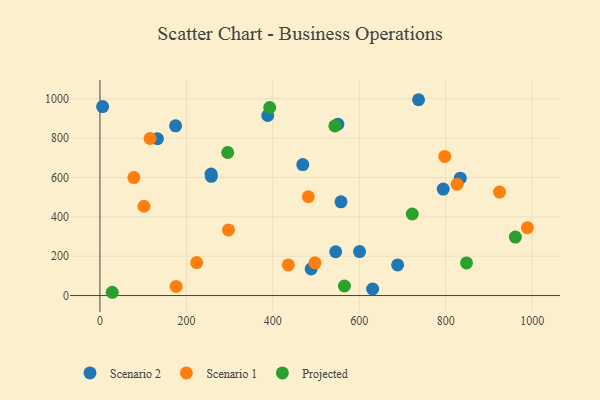
{"axis": {"x": "Experience", "y": "Demand"}, "legend": ["Projected", "Scenario 1", "Scenario 2"], "data": [{"x": "557.8", "y": 476.4, "type": "Scenario 2"}, {"x": "737.2", "y": 995.4, "type": "Scenario 2"}, {"x": "488.7", "y": 135.3, "type": "Scenario 2"}, {"x": "545.5", "y": 222.6, "type": "Scenario 2"}, {"x": "833.8", "y": 596.6, "type": "Scenario 2"}, {"x": "388.2", "y": 915.1, "type": "Scenario 2"}, {"x": "600.7", "y": 223.5, "type": "Scenario 2"}, {"x": "688.8", "y": 155.4, "type": "Scenario 2"}, {"x": "6.2", "y": 960.7, "type": "Scenario 2"}, {"x": "257.7", "y": 606.2, "type": "Scenario 2"}, {"x": "794.3", "y": 541.4, "type": "Scenario 2"}, {"x": "133.0", "y": 797.6, "type": "Scenario 2"}, {"x": "175.0", "y": 862.6, "type": "Scenario 2"}, {"x": "550.4", "y": 871.2, "type": "Scenario 2"}, {"x": "630.9", "y": 33.2, "type": "Scenario 2"}, {"x": "469.3", "y": 665.6, "type": "Scenario 2"}, {"x": "257.1", "y": 617.4, "type": "Scenario 2"}, {"x": "924.5", "y": 526.1, "type": "Scenario 1"}, {"x": "435.9", "y": 155.6, "type": "Scenario 1"}, {"x": "176.2", "y": 46.2, "type": "Scenario 1"}, {"x": "101.8", "y": 453.9, "type": "Scenario 1"}, {"x": "497.5", "y": 166.3, "type": "Scenario 1"}, {"x": "826.4", "y": 565.7, "type": "Scenario 1"}, {"x": "482.1", "y": 502.1, "type": "Scenario 1"}, {"x": "989.0", "y": 344.8, "type": "Scenario 1"}, {"x": "223.8", "y": 167.4, "type": "Scenario 1"}, {"x": "78.5", "y": 599.6, "type": "Scenario 1"}, {"x": "797.8", "y": 707.0, "type": "Scenario 1"}, {"x": "297.4", "y": 333.8, "type": "Scenario 1"}, {"x": "115.9", "y": 798.4, "type": "Scenario 1"}, {"x": "392.8", "y": 955.8, "type": "Projected"}, {"x": "961.2", "y": 297.4, "type": "Projected"}, {"x": "565.7", "y": 48.6, "type": "Projected"}, {"x": "28.5", "y": 16.6, "type": "Projected"}, {"x": "848.2", "y": 165.7, "type": "Projected"}, {"x": "295.6", "y": 727.2, "type": "Projected"}, {"x": "543.6", "y": 862.3, "type": "Projected"}, {"x": "722.7", "y": 414.4, "type": "Projected"}]}